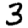
Digit: 3